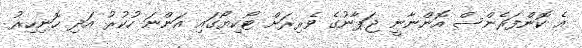
އެ ކޮންފަރެންސް އޮންނާނީ ޖަޕާނުގެ ވެރިރަށް ޓޯކިޔޯގައި އަންނަ ހުކުރު އަދި ހޮނިހިރު